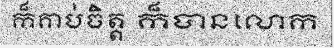
ក៏គាប់ចិត្ត ក៏បានលោក